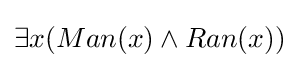
\exists x(Man(x)\land Ran(x))